kultuurilooline_kollektsioon, lk 68
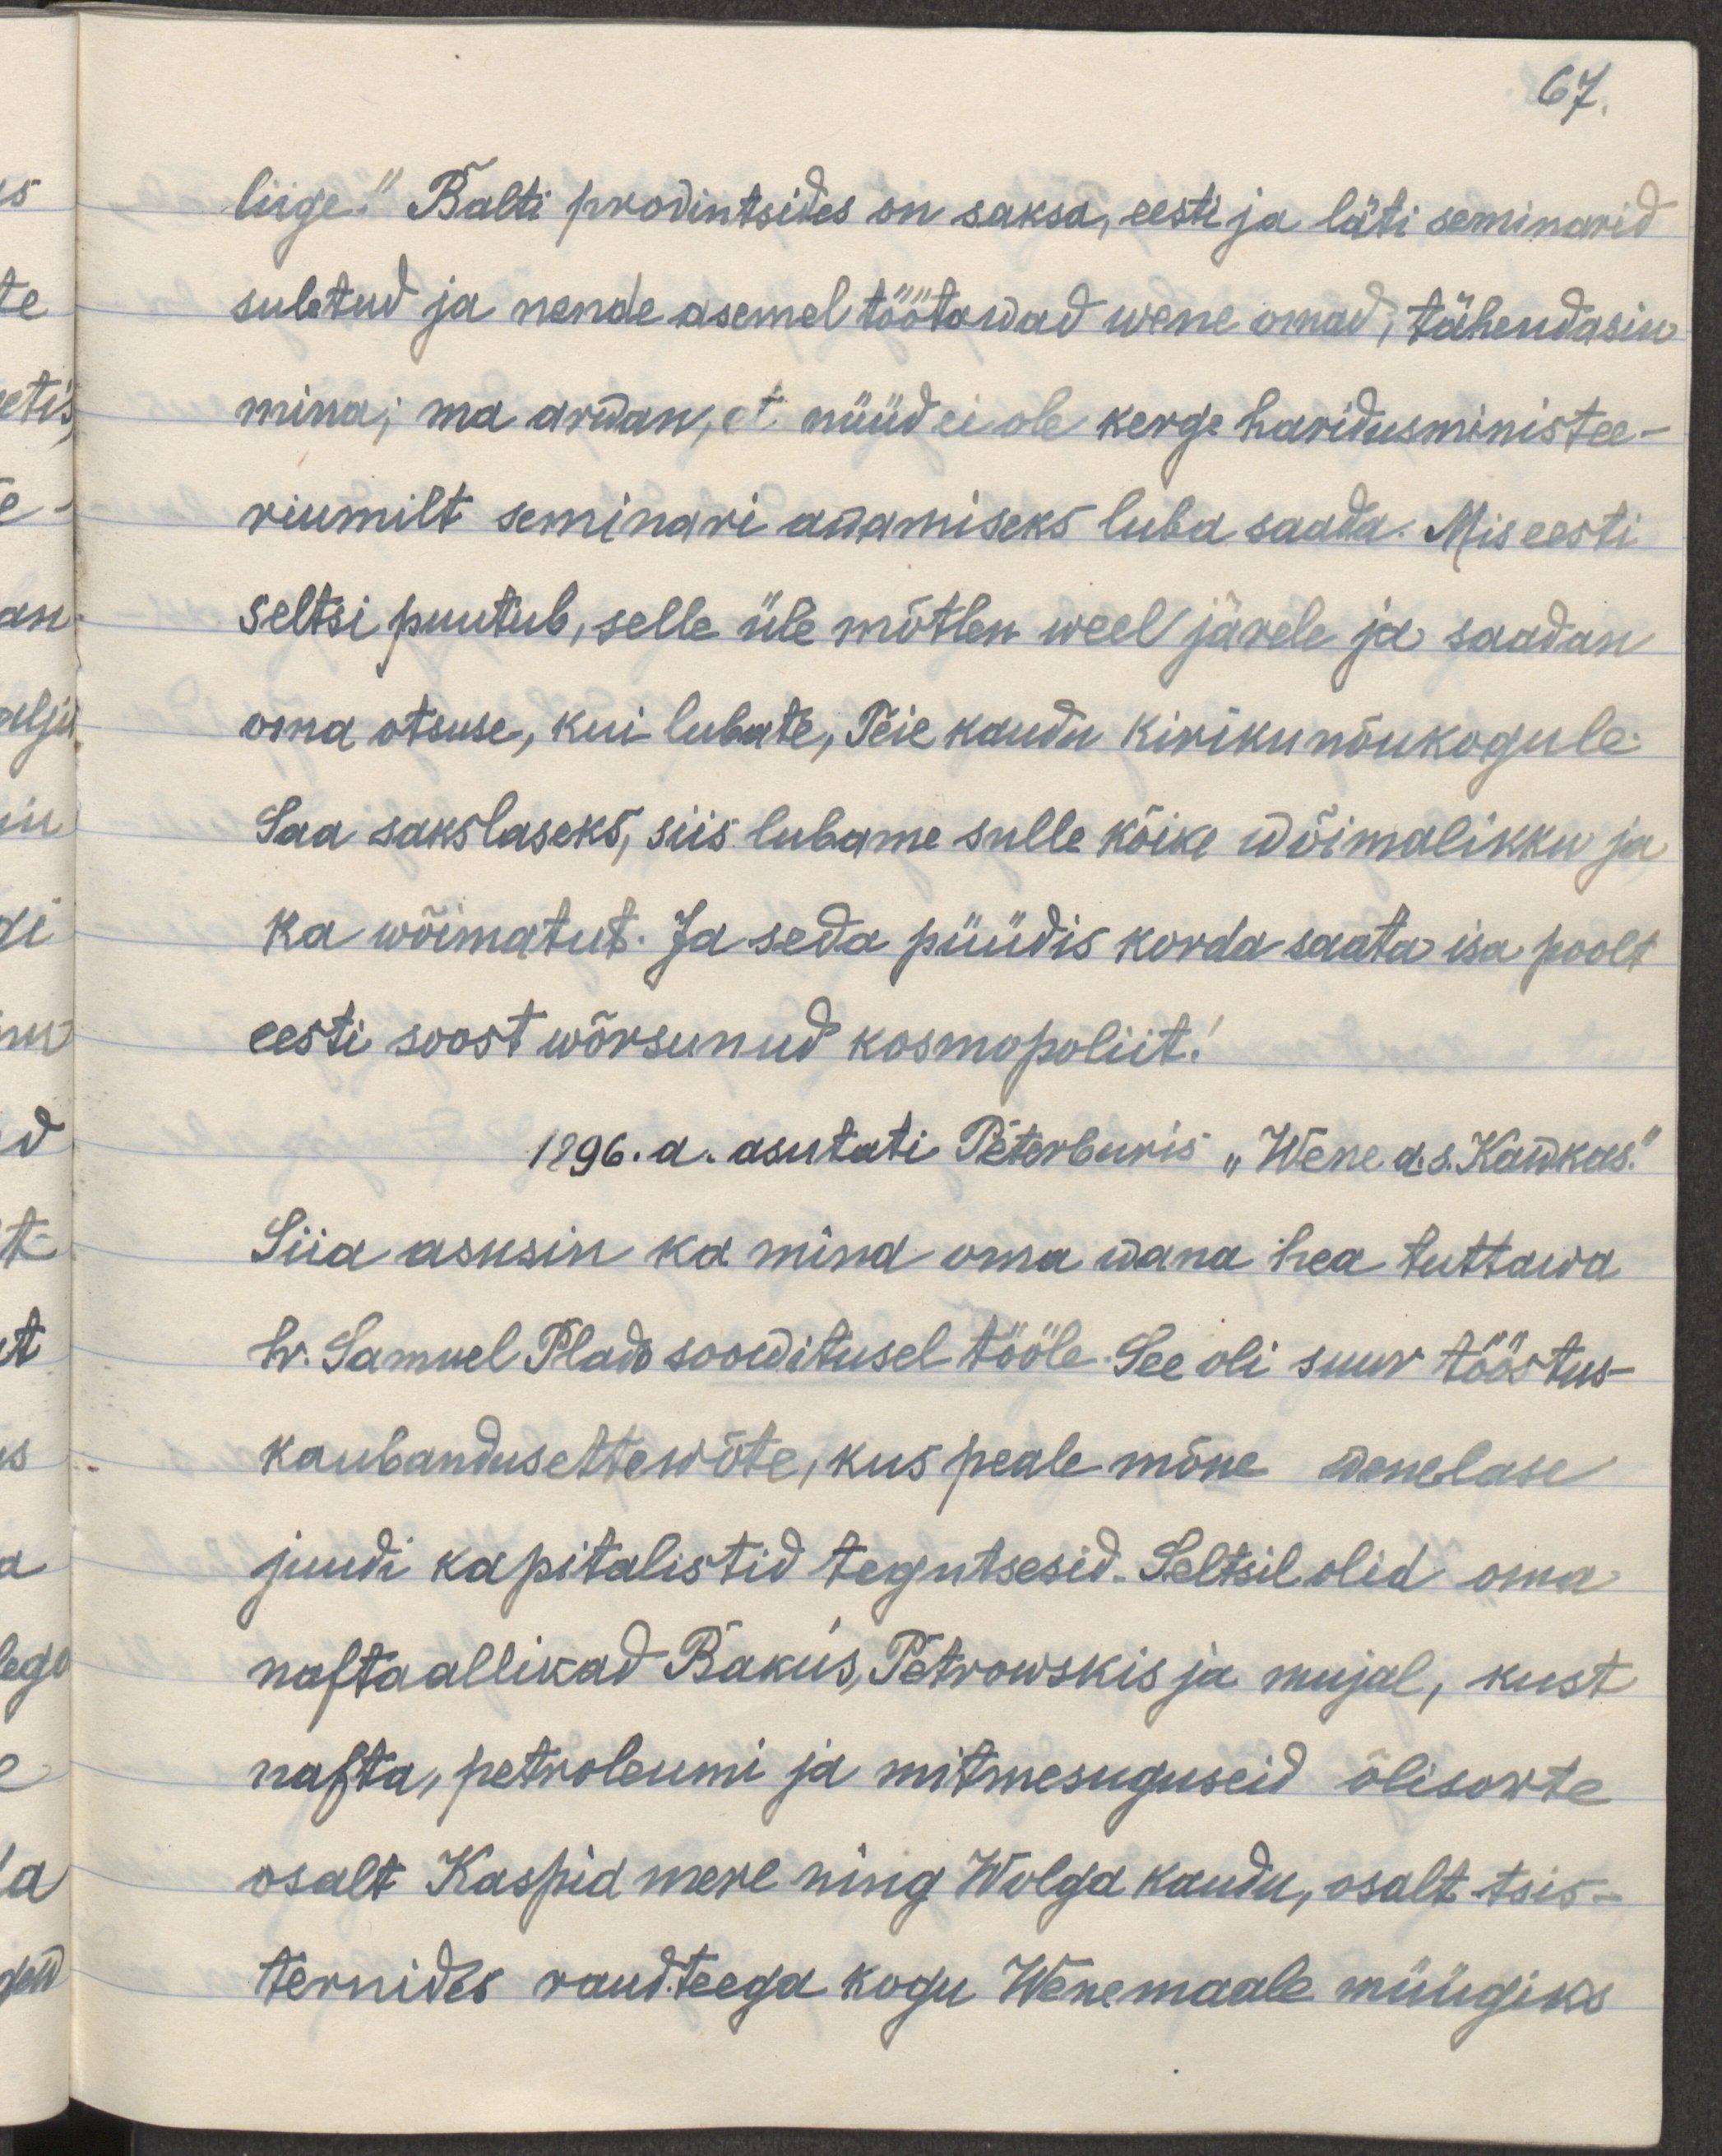
67.
liige". Balti provintsides on saksa, eesti ja läti seminarid
suletud ja nende asemel töötawad wene omad, tähendasin
mina; ma arwasin, et nüüd ei ole kerge haridusministee-
riumilt seminari awamiseks luba saada. Mis eesti
seltsi puutub, selle üle mõtlen weel järele ja saadan
oma otsuse, kui lubate, Teie kaudu kirikunõukogule.
Saa sakslaseks, siis lubame sulle kõike wõimalikku ja
ka wõimatut. Ja seda püüdis korda saata isa poolt
eesti soost wõrsunud kosmopoliit!
1896. a. asutati Peterburis "Wene a.s. Kawkas."
Siia asusin ka mina oma wana hea tuttawa
hr. Samuel Plado soowitusel tööle. See oli suur tööstus-
kaubandusettewõte, kes peale mõne wenelase
juudi kapitalistid tegutsesid. Seltisil olid oma
naftaallikad Bakus, Petrowskis ja mujal, kust
nafta, petroleumi ja mitmesuguseid õlisawte
osalt Kaspiq mere ning Wolga kaudu, osalt tsis-
ternides raudteega kogu Wenemaale müügiks